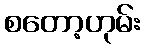
စတော့ဟုမ်း